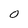
Character: O